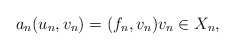
\begin{align*}a_n(u_n, v_n) = (f_n, v_n) v_n \in X_n,\end{align*}